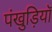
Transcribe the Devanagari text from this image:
पंखुड़ियॉ